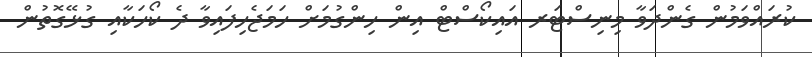
ކުރައްވަމުން ގެންދަވާ މިނިސްޓަރ އައިކޯސްޓް އިން ހިންގުމަށް ހަމަޖެހިފައިވާ ދެ ކޯހަކާއި ގުޅޭގޮތުން